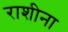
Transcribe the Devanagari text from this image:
राशीना